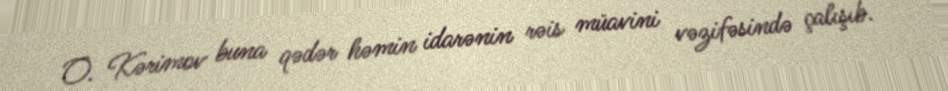
O. Kərimov buna qədər həmin idarənin rəis müavini vəzifəsində çalışıb.